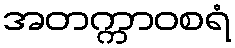
အတက္ကာဝစရံ